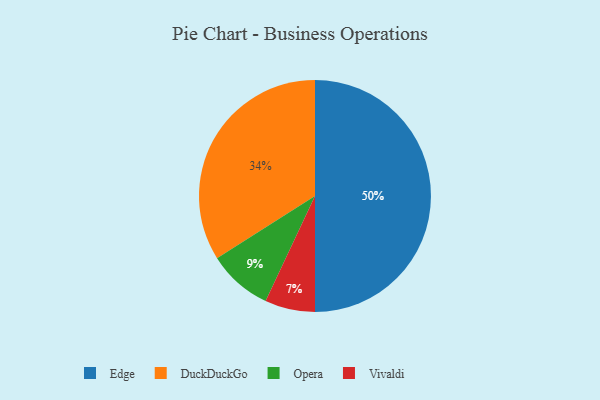
{"axis": {"x": "Category", "y": "Percentage"}, "legend": ["DuckDuckGo", "Edge", "Opera", "Vivaldi"], "data": [{"x": "Opera", "y": 9, "type": "Opera"}, {"x": "Vivaldi", "y": 7, "type": "Vivaldi"}, {"x": "DuckDuckGo", "y": 34, "type": "DuckDuckGo"}, {"x": "Edge", "y": 50, "type": "Edge"}]}